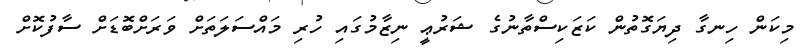
މިކަން ހިނގާ ދިޔަގޮތުން ކަޒަކިސްތާނުގެ ޝަރުޢީ ނިޒާމުގައި ހުރި މައްސަލަތަށް ވަރަށްބޮޑަށް ސާފުކޮށް